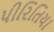
પીરિતિયા